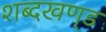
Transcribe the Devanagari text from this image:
शब्दखण़्ड